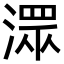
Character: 潀